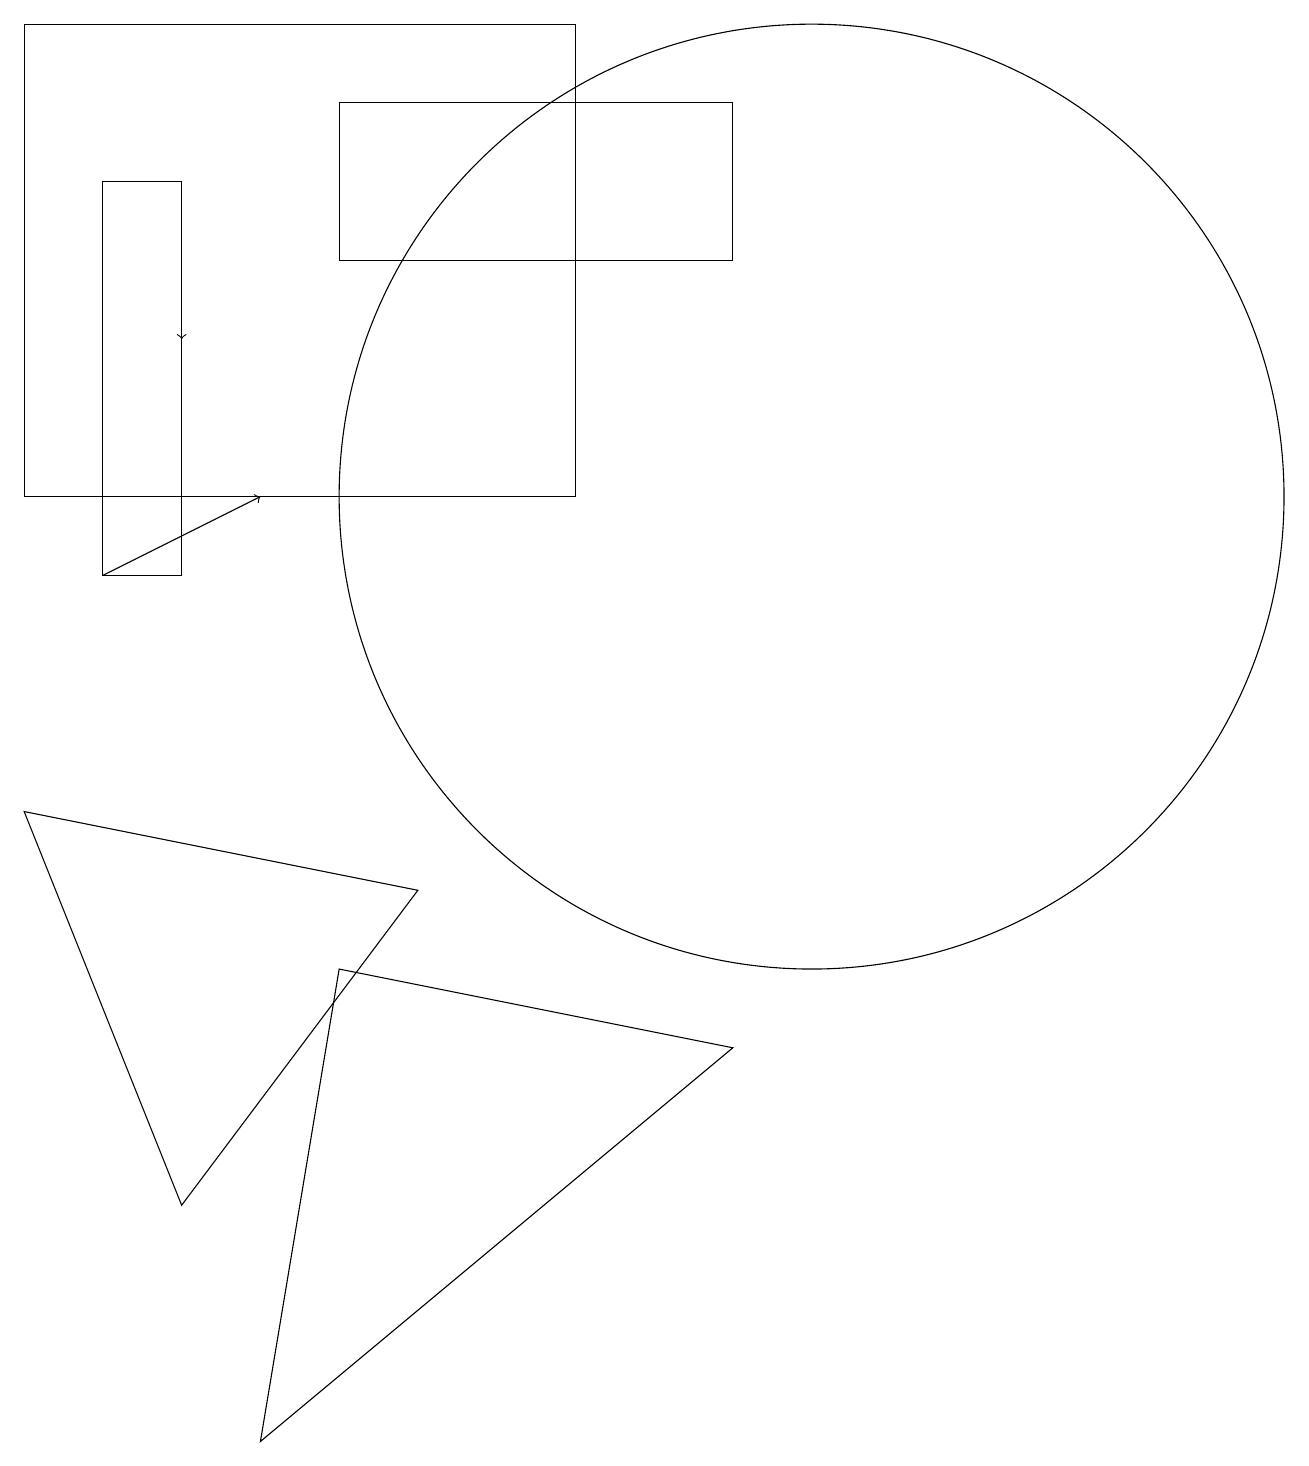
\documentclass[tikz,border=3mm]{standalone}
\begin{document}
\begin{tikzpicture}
\draw (9,5) -- (4,6) -- (3,0) -- cycle;
\draw (2,11) rectangle (1,16);
\draw (2,3) -- (5,7) -- (0,8) -- cycle;
\draw[->] (1,11) -- (3,12);
\draw (10,12) circle (6);
\draw[->] (2,15) -- (2,14);
\draw (9,15) rectangle (4,17);
\draw (7,18) rectangle (0,12);
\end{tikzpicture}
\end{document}